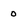
Character: 0